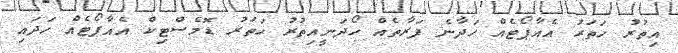
އިތުރު ހަތަރު އެއާޕޯޓެއް ހަދާނެ ފަރާތެއް ހޯދަނީއިތުރު ހަތަރު ޑޮމެސްޓިކް އެއާޕޯޓެއް ހަދައި